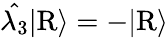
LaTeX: \hat{\lambda_{3}}|\mathrm{R}\rangle=-|\mathrm{R}\rangle